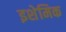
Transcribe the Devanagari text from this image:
इशेमिक